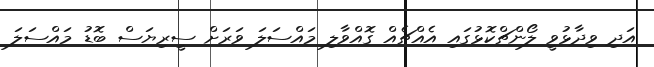
އަދި ވިދާޅުވީ ލޯންޗްކޮޅުގައި އެއްޗެއް ގޮއްވާލި މައްސަލަ ވަރަށް ސީރިޔަސް ބޮޑު މައްސަލަ